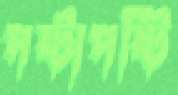
পষ্টাপষ্টি